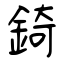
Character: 錡